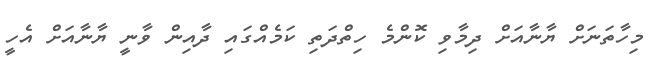
މިހާތަނަށް ޔާނާއަށް ދިމާވި ކޮންމެ ހިތްދަތި ކަމެއްގައި ދާއިން ވާނީ ޔާނާއަށް އެހީ